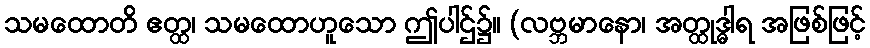
သမထောတိ ဧတ္ထ၊ သမထောဟူသော ဤပါဌ်၌။ (လဗ္ဘမာနော၊ အတ္ထုဒ္ဓါရ အဖြစ်ဖြင့်